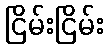
ငြိမ်းငြိမ်း